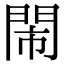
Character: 閙